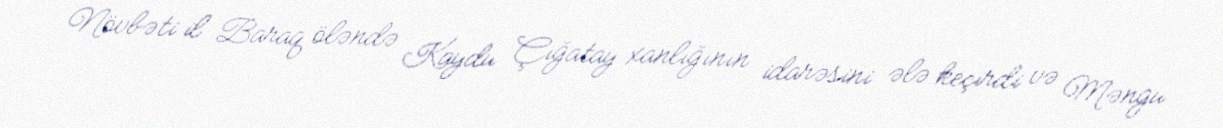
Növbəti il Baraq öləndə Kaydu Çığatay xanlığının idarəsini ələ keçirdi və Məngu